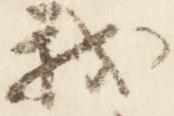
我